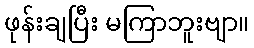
ဖုန်းချပြီး မကြာဘူးဗျာ။